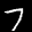
Label: 7